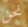
نحن